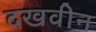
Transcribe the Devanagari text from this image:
दखवीन